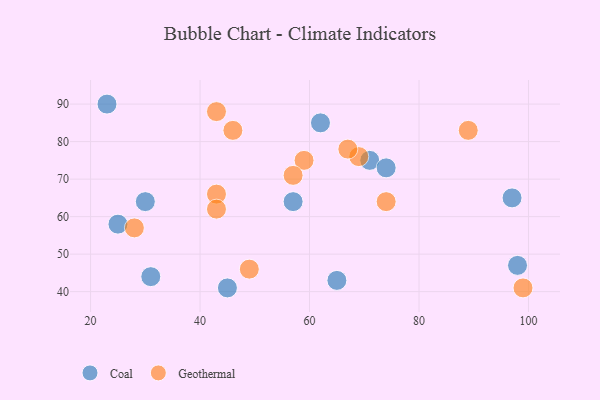
{"axis": {"x": "GDP", "y": "Life Expectancy"}, "legend": ["Coal", "Geothermal"], "data": [{"x": "71", "y": 75, "type": "Coal"}, {"x": "45", "y": 41, "type": "Coal"}, {"x": "65", "y": 43, "type": "Coal"}, {"x": "74", "y": 73, "type": "Coal"}, {"x": "23", "y": 90, "type": "Coal"}, {"x": "30", "y": 64, "type": "Coal"}, {"x": "97", "y": 65, "type": "Coal"}, {"x": "98", "y": 47, "type": "Coal"}, {"x": "62", "y": 85, "type": "Coal"}, {"x": "25", "y": 58, "type": "Coal"}, {"x": "31", "y": 44, "type": "Coal"}, {"x": "57", "y": 64, "type": "Coal"}, {"x": "59", "y": 75, "type": "Geothermal"}, {"x": "28", "y": 57, "type": "Geothermal"}, {"x": "69", "y": 76, "type": "Geothermal"}, {"x": "89", "y": 83, "type": "Geothermal"}, {"x": "99", "y": 41, "type": "Geothermal"}, {"x": "49", "y": 46, "type": "Geothermal"}, {"x": "43", "y": 66, "type": "Geothermal"}, {"x": "67", "y": 78, "type": "Geothermal"}, {"x": "57", "y": 71, "type": "Geothermal"}, {"x": "74", "y": 64, "type": "Geothermal"}, {"x": "46", "y": 83, "type": "Geothermal"}, {"x": "43", "y": 88, "type": "Geothermal"}, {"x": "43", "y": 62, "type": "Geothermal"}]}